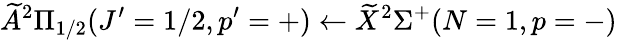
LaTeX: \widetilde{A}^{2}\Pi_{1/2}(J^{\prime}=1/2,p^{\prime}=+)\leftarrow\widetilde{X}^{2}\Sigma^{+}(N=1,p=-)